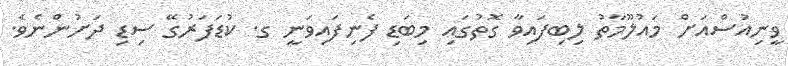
ވީނިއުސްއަށް މައުލޫމާތު ލިބިފައިވާ ގޮތުގައި މިބަޑި ފެނިފައިވަނީ ގ. ކުޑަފަރުގޭ ސިޑި ދަށުންނެވެ.